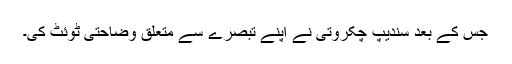
جس کے بعد سندیپ چکروتی نے اپنے تبصرے سے متعلق وضاحتی ٹوئٹ کی۔